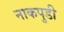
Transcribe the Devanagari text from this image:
नाकपुडी